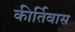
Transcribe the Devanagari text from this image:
कीर्तिवास